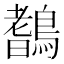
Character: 𪄖